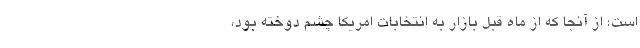
است؛ از آنجا که از ماه قبل بازار به انتخابات امریکا چشم دوخته بود،